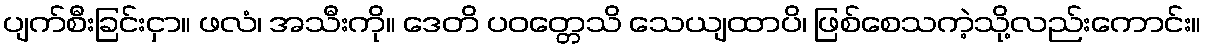
ပျက်စီးခြင်းငှာ။ ဖလံ၊ အသီးကို။ ဒေတိ ပဝတ္တေသိ သေယျထာပိ၊ ဖြစ်စေသကဲ့သို့လည်းကောင်း။